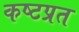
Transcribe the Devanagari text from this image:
कष्टप्रत